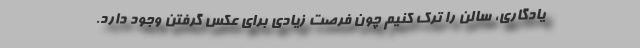
یادگاری، سالن را ترک کنیم چون فرصت زیادی برای عکس گرفتن وجود دارد.